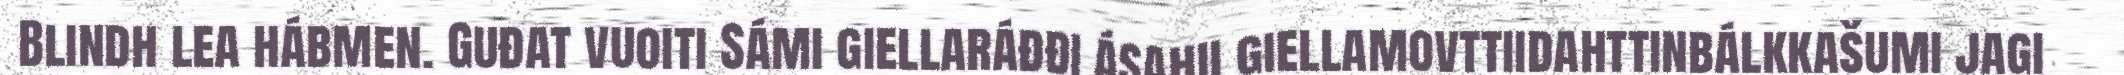
Blindh lea hábmen. Guđat vuoiti Sámi giellaráđđi ásahii giellamovttiidahttinbálkkašumi jagi